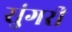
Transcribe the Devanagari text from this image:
सुंगरी